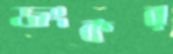
জংকর